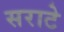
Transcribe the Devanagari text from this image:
सराटे